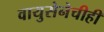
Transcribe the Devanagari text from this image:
वायुसेनेचीही